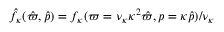
\hat { f } _ { \kappa } ( \hat { \varpi } , \hat { p } ) = { f } _ { \kappa } ( \varpi = \nu _ { \kappa } \kappa ^ { 2 } \hat { \varpi } , p = \kappa \hat { p } ) / \nu _ { \kappa }